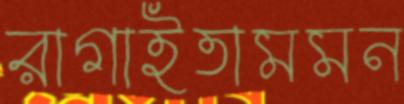
রাগাইতামমন